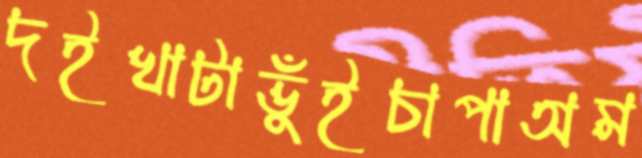
দইখাটাভুঁইচাপাঅম